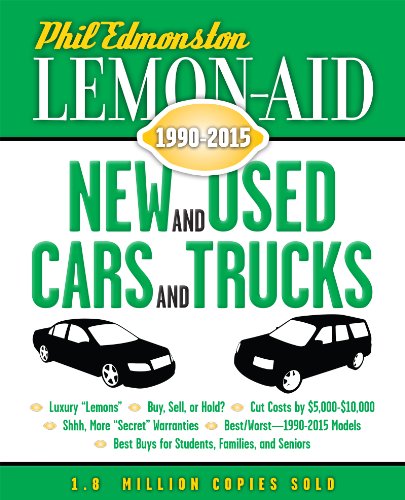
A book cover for Lemon-Aid New and Used Cars and Trucks 1990-2015; Phil Edmonston; Engineering & Transportation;